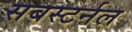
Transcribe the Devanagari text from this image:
सबस्टर्नल